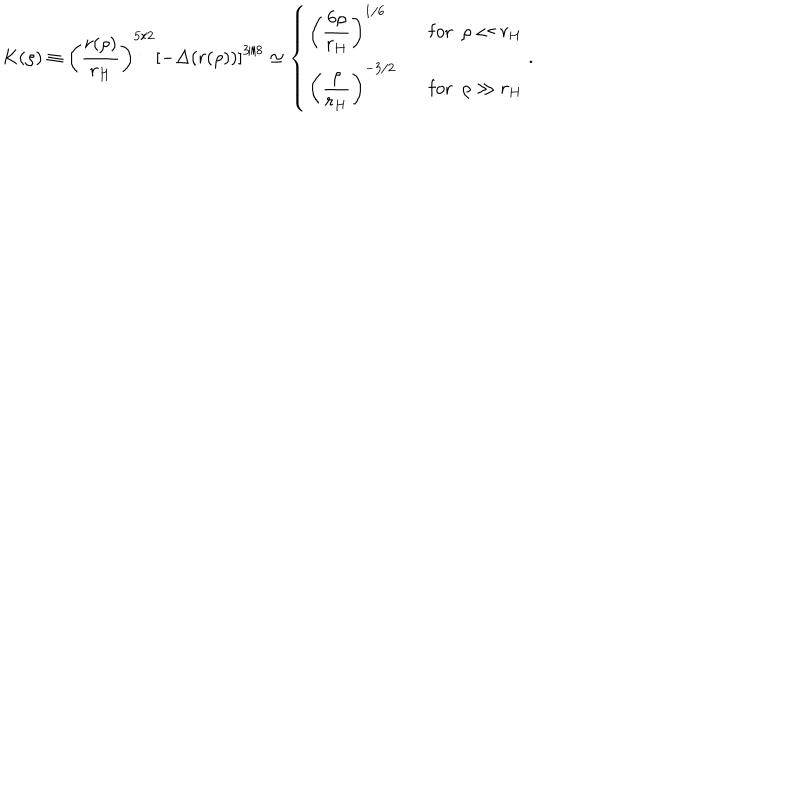
K ( \rho ) \equiv \left( \frac { r ( \rho ) } { r _ { H } } \right) ^ { 5 / 2 } \left[ - \Delta ( r ( \rho ) ) \right] ^ { 3 / 8 } \simeq \left\{ \begin{array} { l l } { { \left( \displaystyle { \frac { 6 \rho } { r _ { H } } } \right) ^ { 1 / 6 } } } & { { \mathrm { f o r } ~ ~ \rho \ll r _ { H } } } \\ { { \left( \displaystyle { \frac { \rho } { r _ { H } } } \right) ^ { - 3 / 2 } } } & { { \mathrm { f o r } ~ ~ \rho \gg r _ { H } } } \\ \end{array} \right. .